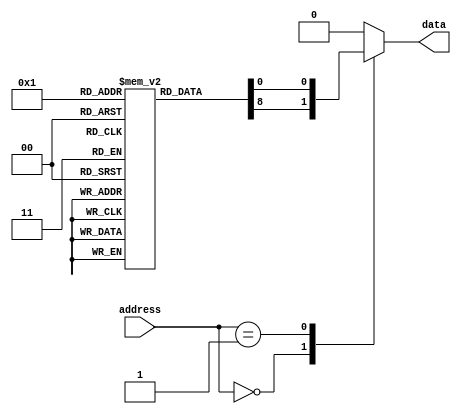
module anti_fuse_rom (
    input wire [7:0] address,
    output reg data
);

reg [7:0] memory [0:255]; // 256 memory blocks

always @(*) begin
    case (address)
        8'h00: data = memory[0];
        8'h01: data = memory[1];
        // Additional cases for remaining memory blocks
        default: data = 8'h00;
    endcase
end

endmodule